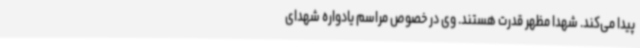
پیدا می‌کند. شهدا مظهر قدرت هستند. وی در خصوص مراسم یادواره شهدای